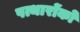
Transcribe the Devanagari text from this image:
पत्थारोंको